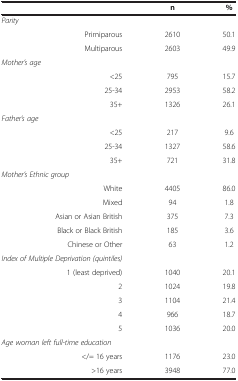
<table><thead><tr><td><b> </b></td><td><b>n</b></td><td><b>%</b></td></tr></thead><tbody><tr><td><i>Parity</i></td><td> </td><td> </td></tr><tr><td>Primiparous</td><td>2610</td><td>50.1</td></tr><tr><td>Multiparous</td><td>2603</td><td>49.9</td></tr><tr><td><i>Mother’s age</i></td><td> </td><td> </td></tr><tr><td>&lt;25</td><td>795</td><td>15.7</td></tr><tr><td>25-34</td><td>2953</td><td>58.2</td></tr><tr><td>35+</td><td>1326</td><td>26.1</td></tr><tr><td><i>Father’s age</i></td><td> </td><td> </td></tr><tr><td>&lt;25</td><td>217</td><td>9.6</td></tr><tr><td>25-34</td><td>1327</td><td>58.6</td></tr><tr><td>35+</td><td>721</td><td>31.8</td></tr><tr><td><i>Mother’s Ethnic group</i></td><td> </td><td> </td></tr><tr><td>White</td><td>4405</td><td>86.0</td></tr><tr><td>Mixed</td><td>94</td><td>1.8</td></tr><tr><td>Asian or Asian British</td><td>375</td><td>7.3</td></tr><tr><td>Black or Black British</td><td>185</td><td>3.6</td></tr><tr><td>Chinese or Other</td><td>63</td><td>1.2</td></tr><tr><td><i>Index of Multiple Deprivation (quintiles)</i></td><td> </td><td> </td></tr><tr><td>1 (least deprived)</td><td>1040</td><td>20.1</td></tr><tr><td>2</td><td>1024</td><td>19.8</td></tr><tr><td>3</td><td>1104</td><td>21.4</td></tr><tr><td>4</td><td>966</td><td>18.7</td></tr><tr><td>5</td><td>1036</td><td>20.0</td></tr><tr><td><i>Age woman left full-time education</i></td><td> </td><td> </td></tr><tr><td>&lt;/= 16 years</td><td>1176</td><td>23.0</td></tr><tr><td>&gt;16 years</td><td>3948</td><td>77.0</td></tr></tbody></table>